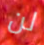
لن